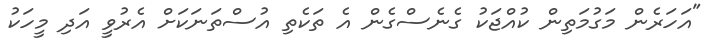
"އަހަރެން މަގުމަތިން ކުއްޖަކު ގެނެސްގެން އެ ތަކެތި އުސްތަނަކަށް އެރުވީ އަދި މީހަކު